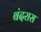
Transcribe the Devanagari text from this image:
बंदरास